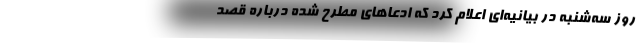
روز سه‌شنبه در بیانیه‌ای اعلام کرد که ادعاهای مطرح شده درباره قصد